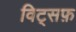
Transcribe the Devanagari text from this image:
विट्सफ़